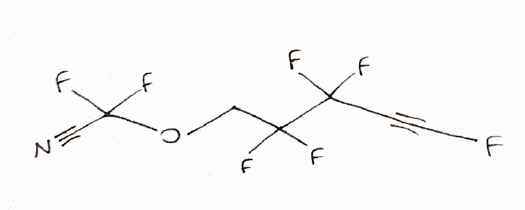
Simplified molecular-input line-entry system (SMILES) notation of the given molecule:
C(C(C(C#CF)(F)F)(F)F)OC(C#N)(F)F